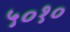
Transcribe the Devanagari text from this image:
५०१०